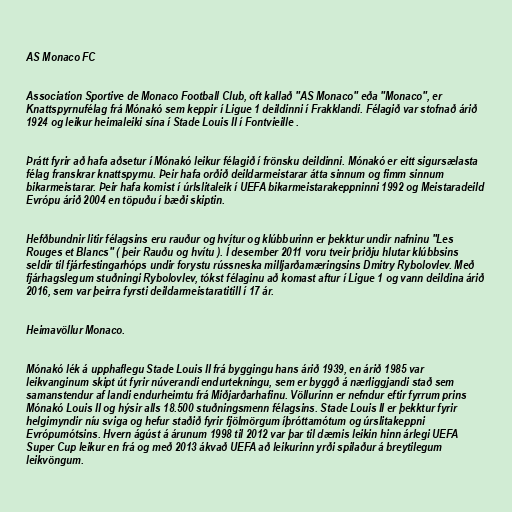
AS Monaco FC

Association Sportive de Monaco Football Club, oft kallað "AS Monaco" eða "Monaco", er
Knattspyrnufélag frá Mónakó sem keppir í Ligue 1 deildinni í Frakklandi. Félagið var stofnað árið
1924 og leikur heimaleiki sína í Stade Louis II í Fontvieille .

Þrátt fyrir að hafa aðsetur í Mónakó leikur félagið í frönsku deildinni. Mónakó er eitt sigursælasta
félag franskrar knattspyrnu. Þeir hafa orðið deildarmeistarar átta sinnum og fimm sinnum
bikarmeistarar. Þeir hafa komist í úrlslitaleik í UEFA bikarmeistarakeppninni 1992 og Meistaradeild
Evrópu árið 2004 en töpuðu í bæði skiptin.

Hefðbundnir litir félagsins eru rauður og hvítur og klúbburinn er þekktur undir nafninu "Les
Rouges et Blancs" ( þeir Rauðu og hvítu ). Í desember 2011 voru tveir þriðju hlutar klúbbsins
seldir til fjárfestingarhóps undir forystu rússneska milljarðamæringsins Dmitry Rybolovlev. Með
fjárhagslegum stuðningi Rybolovlev, tókst félaginu að komast aftur í Ligue 1 og vann deildina árið
2016, sem var þeirra fyrsti deildarmeistaratitill í 17 ár.

Heimavöllur Monaco.

Mónakó lék á upphaflegu Stade Louis II frá byggingu hans árið 1939, en árið 1985 var
leikvanginum skipt út fyrir núverandi endurtekningu, sem er byggð á nærliggjandi stað sem
samanstendur af landi endurheimtu frá Miðjarðarhafinu. Völlurinn er nefndur eftir fyrrum prins
Mónakó Louis II og hýsir alls 18.500 stuðningsmenn félagsins. Stade Louis II er þekktur fyrir
helgimyndir níu sviga og hefur staðið fyrir fjölmörgum íþróttamótum og úrslitakeppni
Evrópumótsins. Hvern ágúst á árunum 1998 til 2012 var þar til dæmis leikin hinn árlegi UEFA
Super Cup leikur en frá og með 2013 ákvað UEFA að leikurinn yrði spilaður á breytilegum
leikvöngum.